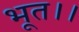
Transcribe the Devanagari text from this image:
भूत।।